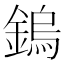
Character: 鎢